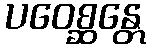
ပဝေစ္ဆန္တေ